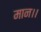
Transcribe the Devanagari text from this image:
मान।।